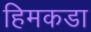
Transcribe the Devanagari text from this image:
हिमकडा